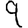
Digit: 9